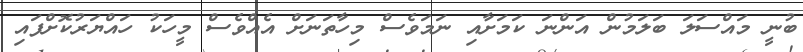
ބުނީ މައްސަލަ ބަލަމުން އަންނަ ކަމަށާއި ނަމަވެސް މިހާތަނަށް އެއްވެސް މީހަކު ހައްޔަރުކޮށްފައި